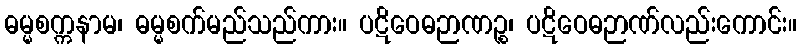
ဓမ္မစက္ကနာမ၊ ဓမ္မစက်မည်သည်ကား။ ပဋိဝေဓဉာဏဉ္စ၊ ပဋိဝေဓဉာဏ်လည်းကောင်း။